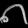
Digit: ၈